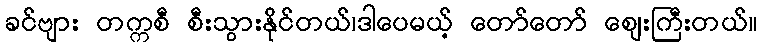
ခင်ဗျား တက္ကစီ စီးသွားနိုင်တယ်၊ဒါပေမယ့် တော်တော် ဈေးကြီးတယ်။